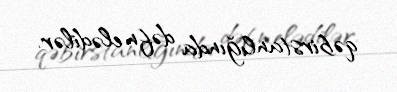
qəbirstanlığında dəfn elədilər.